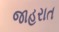
જાહરાત